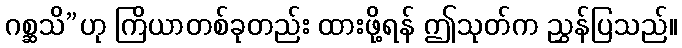
ဂစ္ဆသိ”ဟု ကြိယာတစ်ခုတည်း ထားဖို့ရန် ဤသုတ်က ညွှန်ပြသည်။